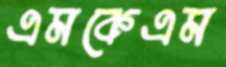
এমকেএম